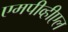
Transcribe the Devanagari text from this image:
एमपीव्हीएल